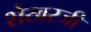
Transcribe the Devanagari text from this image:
शेखरजी